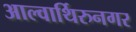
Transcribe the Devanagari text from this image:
आल्वार्थिरुनगर